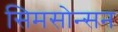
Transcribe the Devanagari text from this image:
सिमसोन्सन